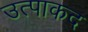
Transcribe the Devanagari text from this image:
उत्पाकद